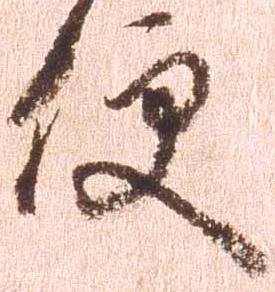
便